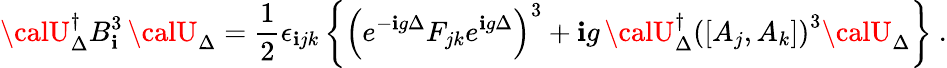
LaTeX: {\calU}_{\Delta}^{\dagger}B_{\mathbf{i}}^{3}\, {\calU}_{\Delta}=\frac{{1}}{{2}}\epsilon_{\mathbf{i}jk}\left\{ \left(e^{-\mathbf{i}g\Delta}F_{jk}e^{\mathbf{i}g\Delta}\right)^{3}+\mathbf{i}g\, {\calU}_{\Delta}^{\dagger}\left([A_{j},A_{k}]\right)^{3}{\calU}_{\Delta}\right\} \ .